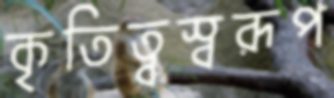
কৃতিত্বস্বরূপ